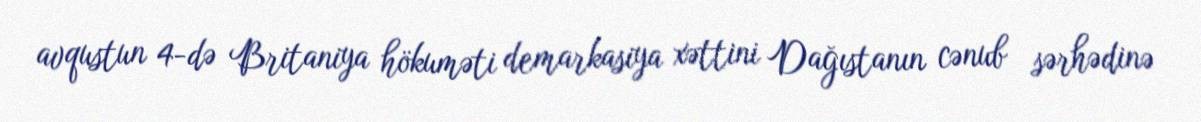
avqustun 4-də Britaniya hökuməti demarkasiya xəttini Dağıstanın cənub sərhədinə